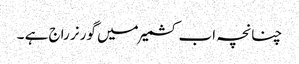
چنانچہ اب کشمیر میں گورنر راج ہے ۔